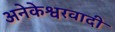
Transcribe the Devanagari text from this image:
अनेकेश्वरवादी